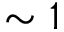
\sim 1